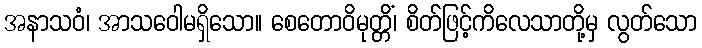
အနာသဝံ၊ အာသဝေါမရှိသော။ စေတောဝိမုတ္တိံ၊ စိတ်ဖြင့်ကိလေသာတို့မှ လွတ်သော